Civil Veterinary Department Bengal reports 1933-51 - 1933-1951
Year: 1933
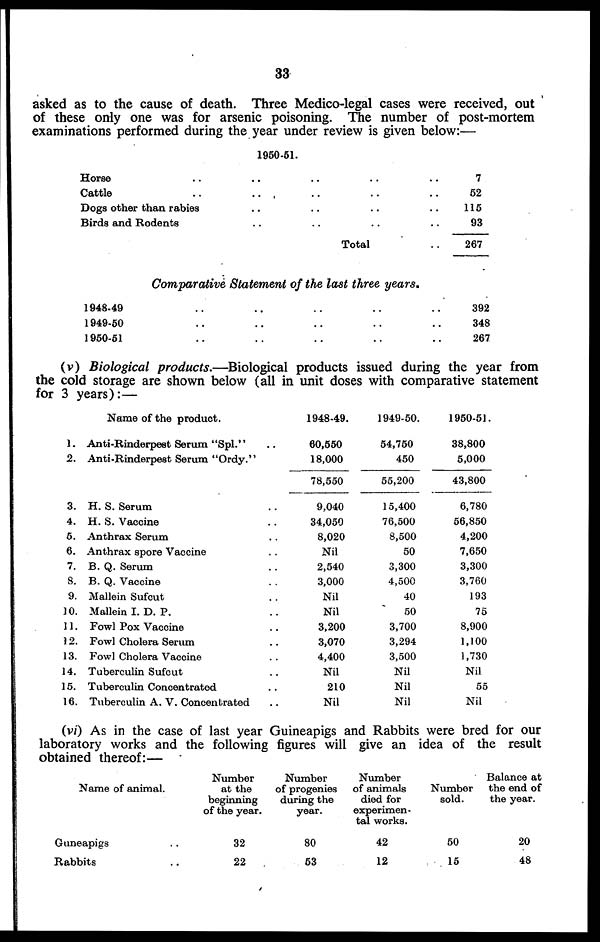
33
asked as to the cause of death. Three Medico-legal cases were received, out
of these only one was for arsenic poisoning. The number of post-mortem
examinations performed during the year under review is given below:—
1960.51.
Horse .. .. .. .. ..
Cattle .. .. .. ..
Dogs other than rabies .. .. .. ..
Birds and Rodents .. .. .. ..
Total ..
7
62
115
93
267
Comparative Statement of the last three years.
1948.49 .. .. .. .. ..
1949.50 .. .. .. .. ..
1950.51 .. .. .. .. ..
392
348
267
(v) Biological products.—Biological products issued during the year from
the cold storage are shown below (all in unit doses with comparative statement
for 3 years):—
1.
2.
3.
4.
6.
6.
7.
8.
9.
10.
11.
12.
13.
14.
15.
16.
Name of the product.
Anti-Rinderpest Serum "Spl." ..
Anti-Rinderpest Serum "Ordy."
H. S. Serum ..
H. S. Vaccine ..
Anthrax Serum ..
Anthrax spore Vaccine ..
B. Q. Serum ..
B. Q. Vaccine ..
Mallein Sufout ..
Mallein I. D. P. ..
Fowl Pox Vaccine ..
Fowl Cholera Serum ..
Fowl Cholera Vaccine ..
Tuberculin Sufeut ..
Tuberculin Concentrated ..
Tuberculin A. V. Concentrated ..
1948.49.
60,550
18,000
78,550
9,040
34,050
8,020
Nil
2,540
3,000
Nil
Nil
3,200
3,070
4,400
Nil
210
Nil
1949.50.
54,750
450
55,200
15,400
76,500
8,500
50
3,300
4,500
40
50
3,700
3,294
3,500
Nil
Nil
Nil
1950.51
38,800
5,000
43,800
6,780
56,850
4,200
7,650
3,300
3,760
193
75
8,900
1,100
1,730
Nil
55
Nil
(vi) As in the case of last year Guineapigs and Rabbits were bred for our
laboratory works and the following figures will give an idea of the result
obtained thereof:—
Name of animal.
Guneapigs ..
Rabbits ..
Number
at the
beginning
of the year.
32
22
Number
of progenies
during the
year.
80
53
Number
of animals
died for
experimen-
tal works.
42
12
Number
sold.
50
15
Balance at
the end of
the year.
20
48